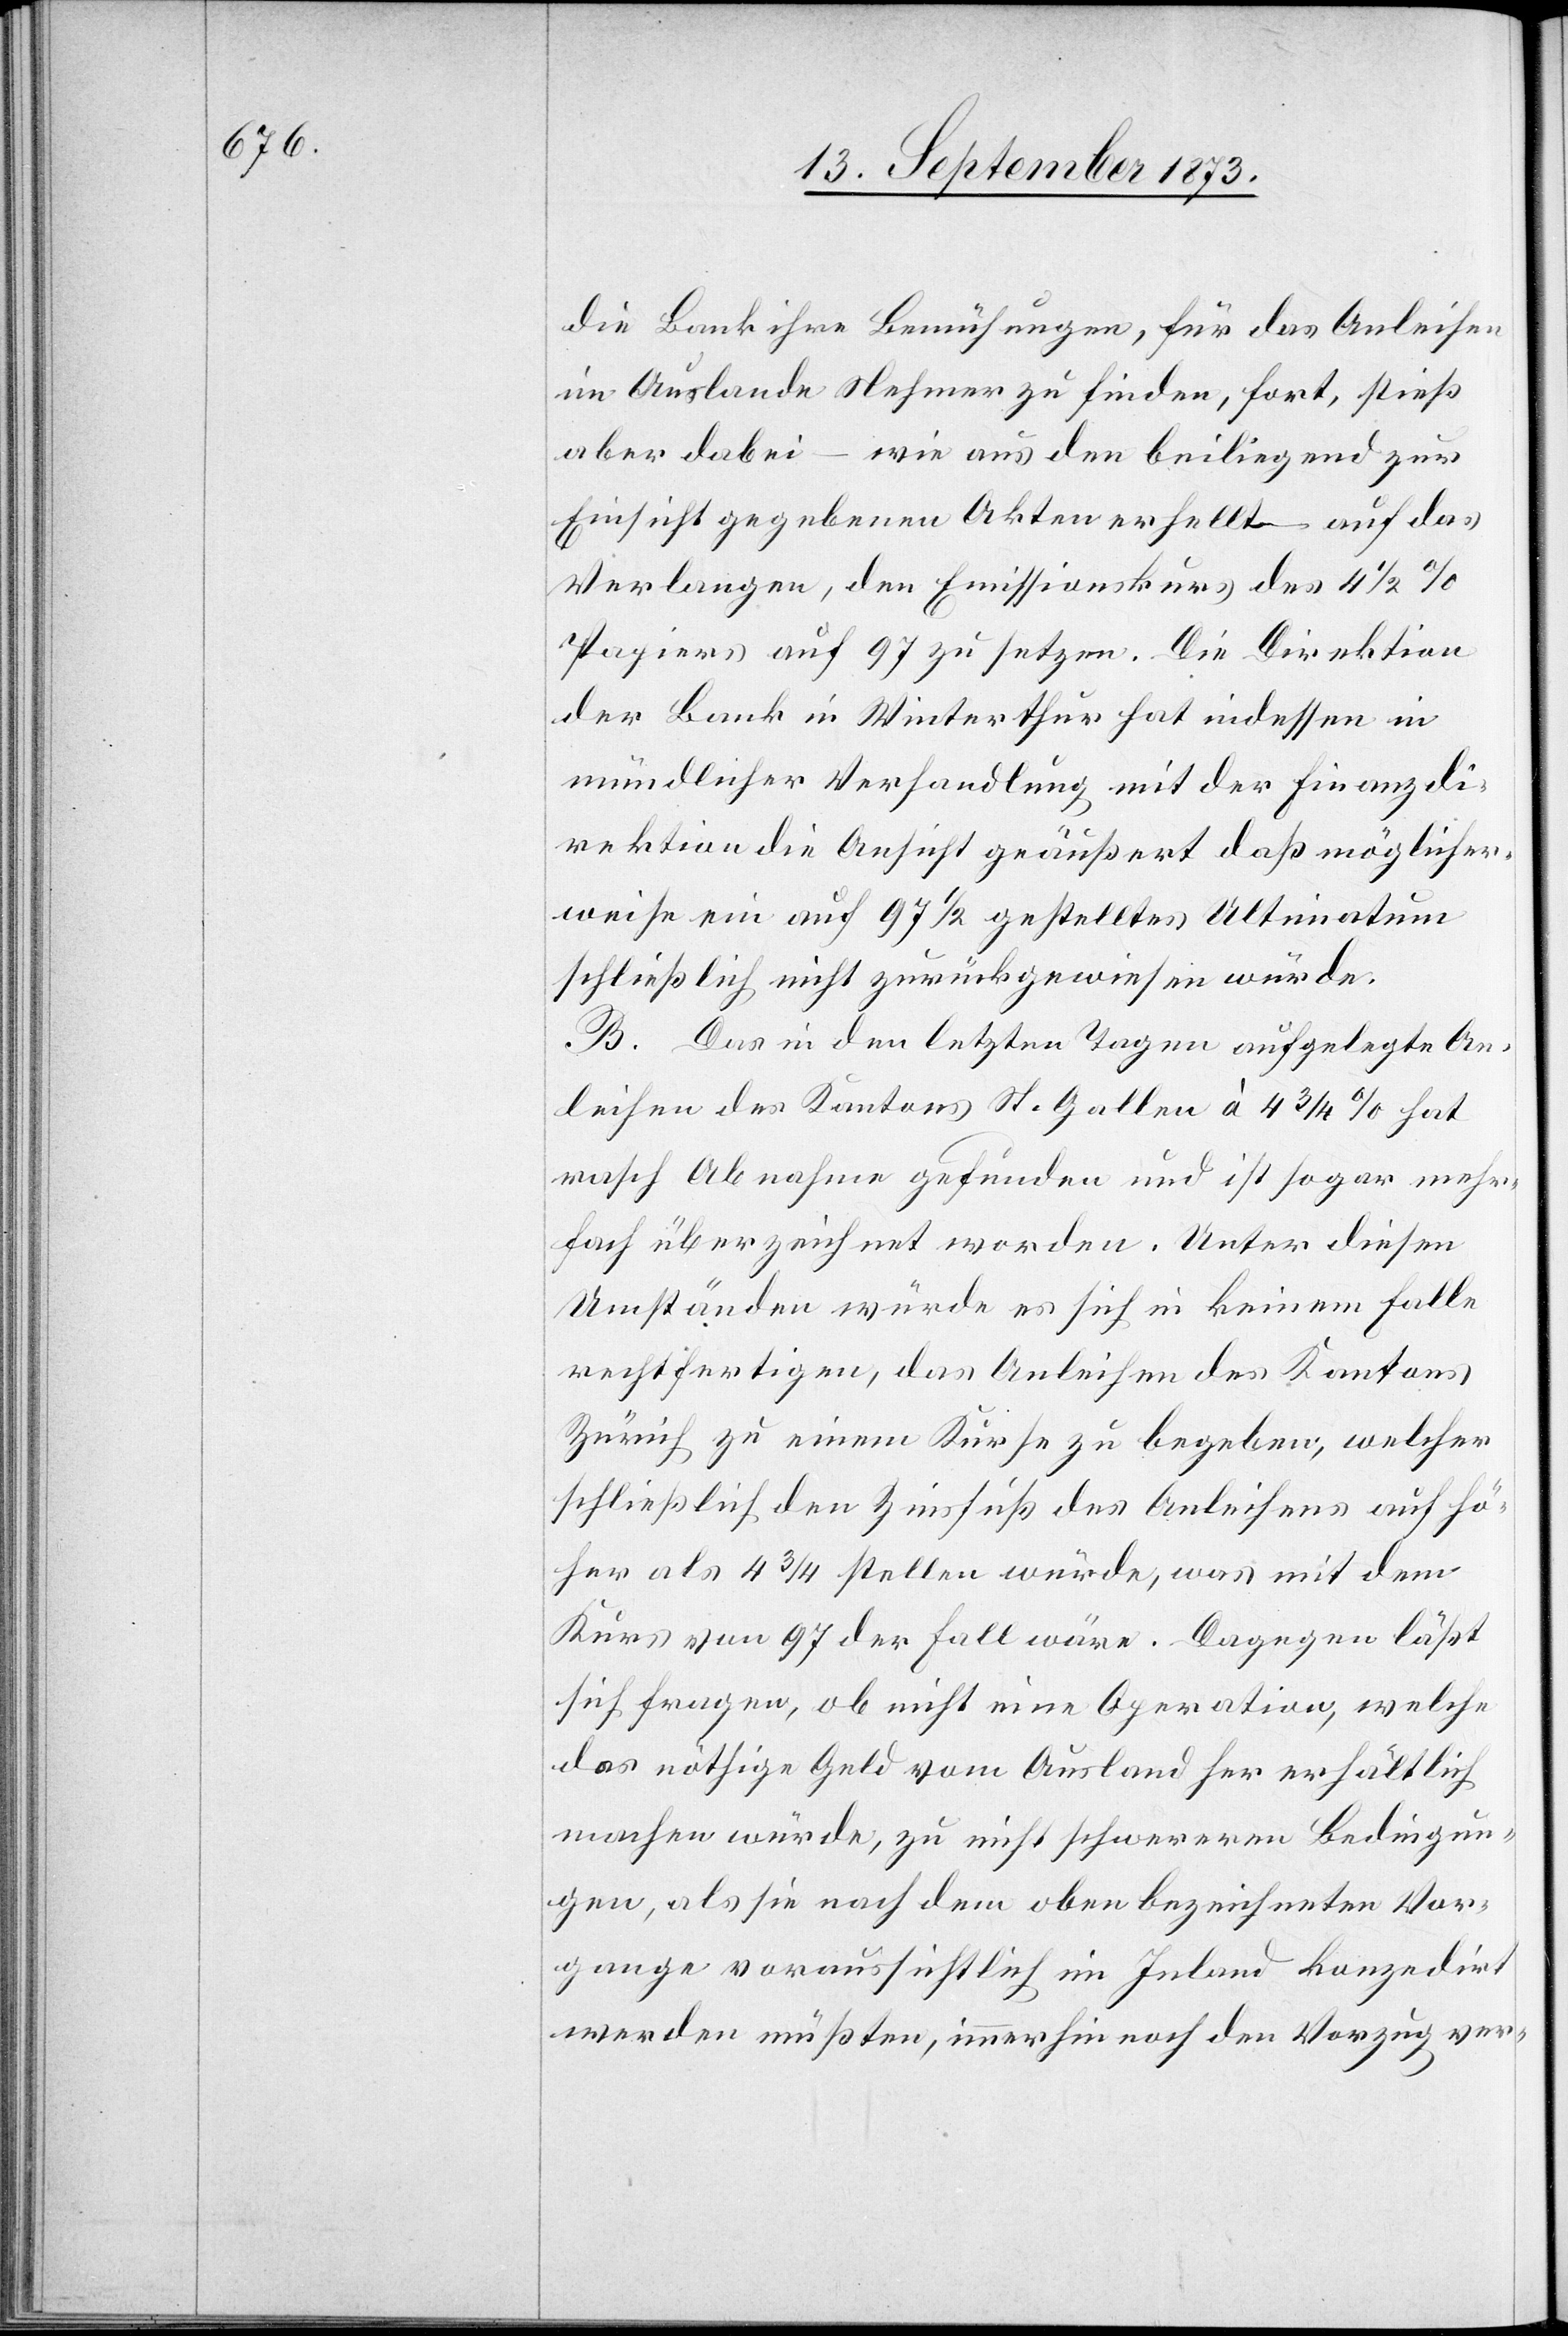
die Bank ihre Bemühungen, für das Anleihen
im Auslande Nehmer zu finden, fort, stieß
aber dabei – wie aus den beiliegend zur
Einsicht gegebenen Akten erhellt – auf das
Verlangen, den Emissionskurs des 4
Papiers auf 97 zu setzen. Die Direktion
der Bank in Winterthur hat indessen in
mündlicher Verhandlung mit der Finanzdi¬
rektion die Ansicht geäußert daß möglicher¬
weise ein auf 97 1/2 gestelltes Ultimatum
schließlich nicht zurückgewiesen würde.
B. Das in den letzten Tagen aufgelegte An¬
leihen des Kantons St. Gallen à 4 3/4% hat
rasch Abnahme gefunden und ist sogar mehr¬
fach überzeichnet worden. Unter diesen
Umständen würde es sich in keinem Falle
rechtfertigen, das Anleihen des Kantons
Zürich zu einem Kurse zu begeben, welcher
schließlich den Zinsfuß des Anleihens auf hö¬
her als 4 3/4 stellen würde, was mit dem
Kurs von 97 der Fall wäre. Dagegen läßt
sich fragen, ob nicht eine Operation, welche
das nöthige Geld vom Ausland her erhältlich
machen würde, zu nicht schwereren Bedingun¬
gen, als sie nach dem oben bezeichneten Vor¬
gange voraussichtlich im Inland konzedirt
werden müßten, immerhin noch den Vorzug ver-